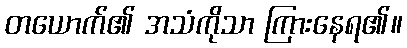
တယောက်၏ အသံကိုသာ ကြားနေရ၏။